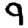
Digit: 9